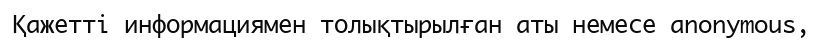
Қажетті информациямен толықтырылған аты немесе anonymous,